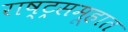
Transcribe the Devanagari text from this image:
राष्ट्रसमूहात